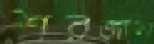
শরজাল